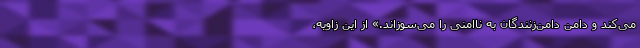
می‌کند و دامن دامن‌زنندگان به ناامنی را می‌سوزاند.» از این زاویه،